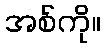
အစ်ကို။